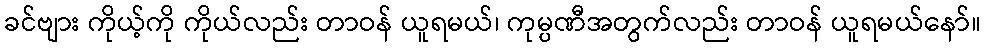
ခင်ဗျား ကိုယ့်ကို ကိုယ်လည်း တာဝန် ယူရမယ်၊ ကုမ္ပဏီအတွက်လည်း တာဝန် ယူရမယ်နော်။